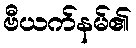
ဗီယက်နမ်၏